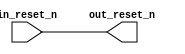
// mcu_subsystem_reset_in.v

// Generated using ACDS version 18.1.2 277

`timescale 1 ps / 1 ps
module mcu_subsystem_reset_in (
		input  wire  in_reset_n,  //  in_reset.reset_n
		output wire  out_reset_n  // out_reset.reset_n
	);

	assign out_reset_n = in_reset_n;

endmodule